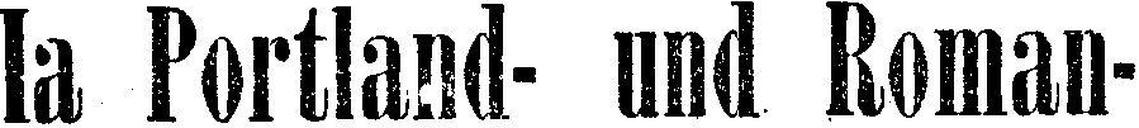
la Portland- und Roman-